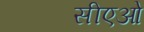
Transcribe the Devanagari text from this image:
सीएओ